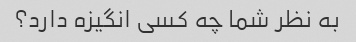
به نظر شما چه کسی انگیزه دارد؟